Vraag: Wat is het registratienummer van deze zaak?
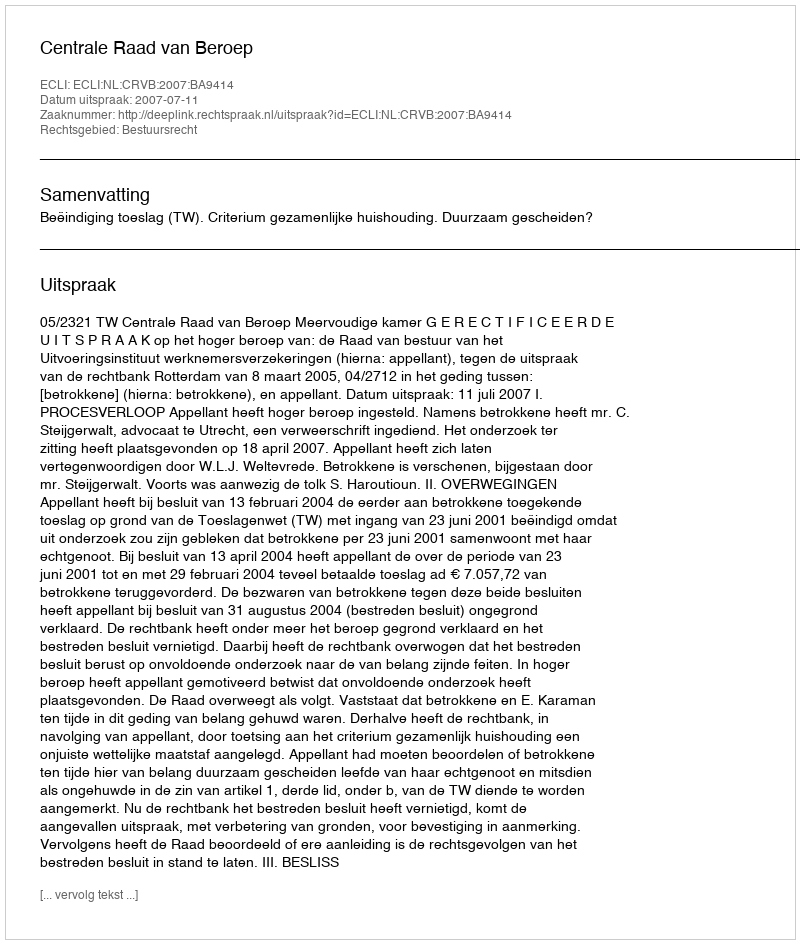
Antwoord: http://deeplink.rechtspraak.nl/uitspraak?id=ECLI:NL:CRVB:2007:BA9414